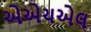
એએચએલ